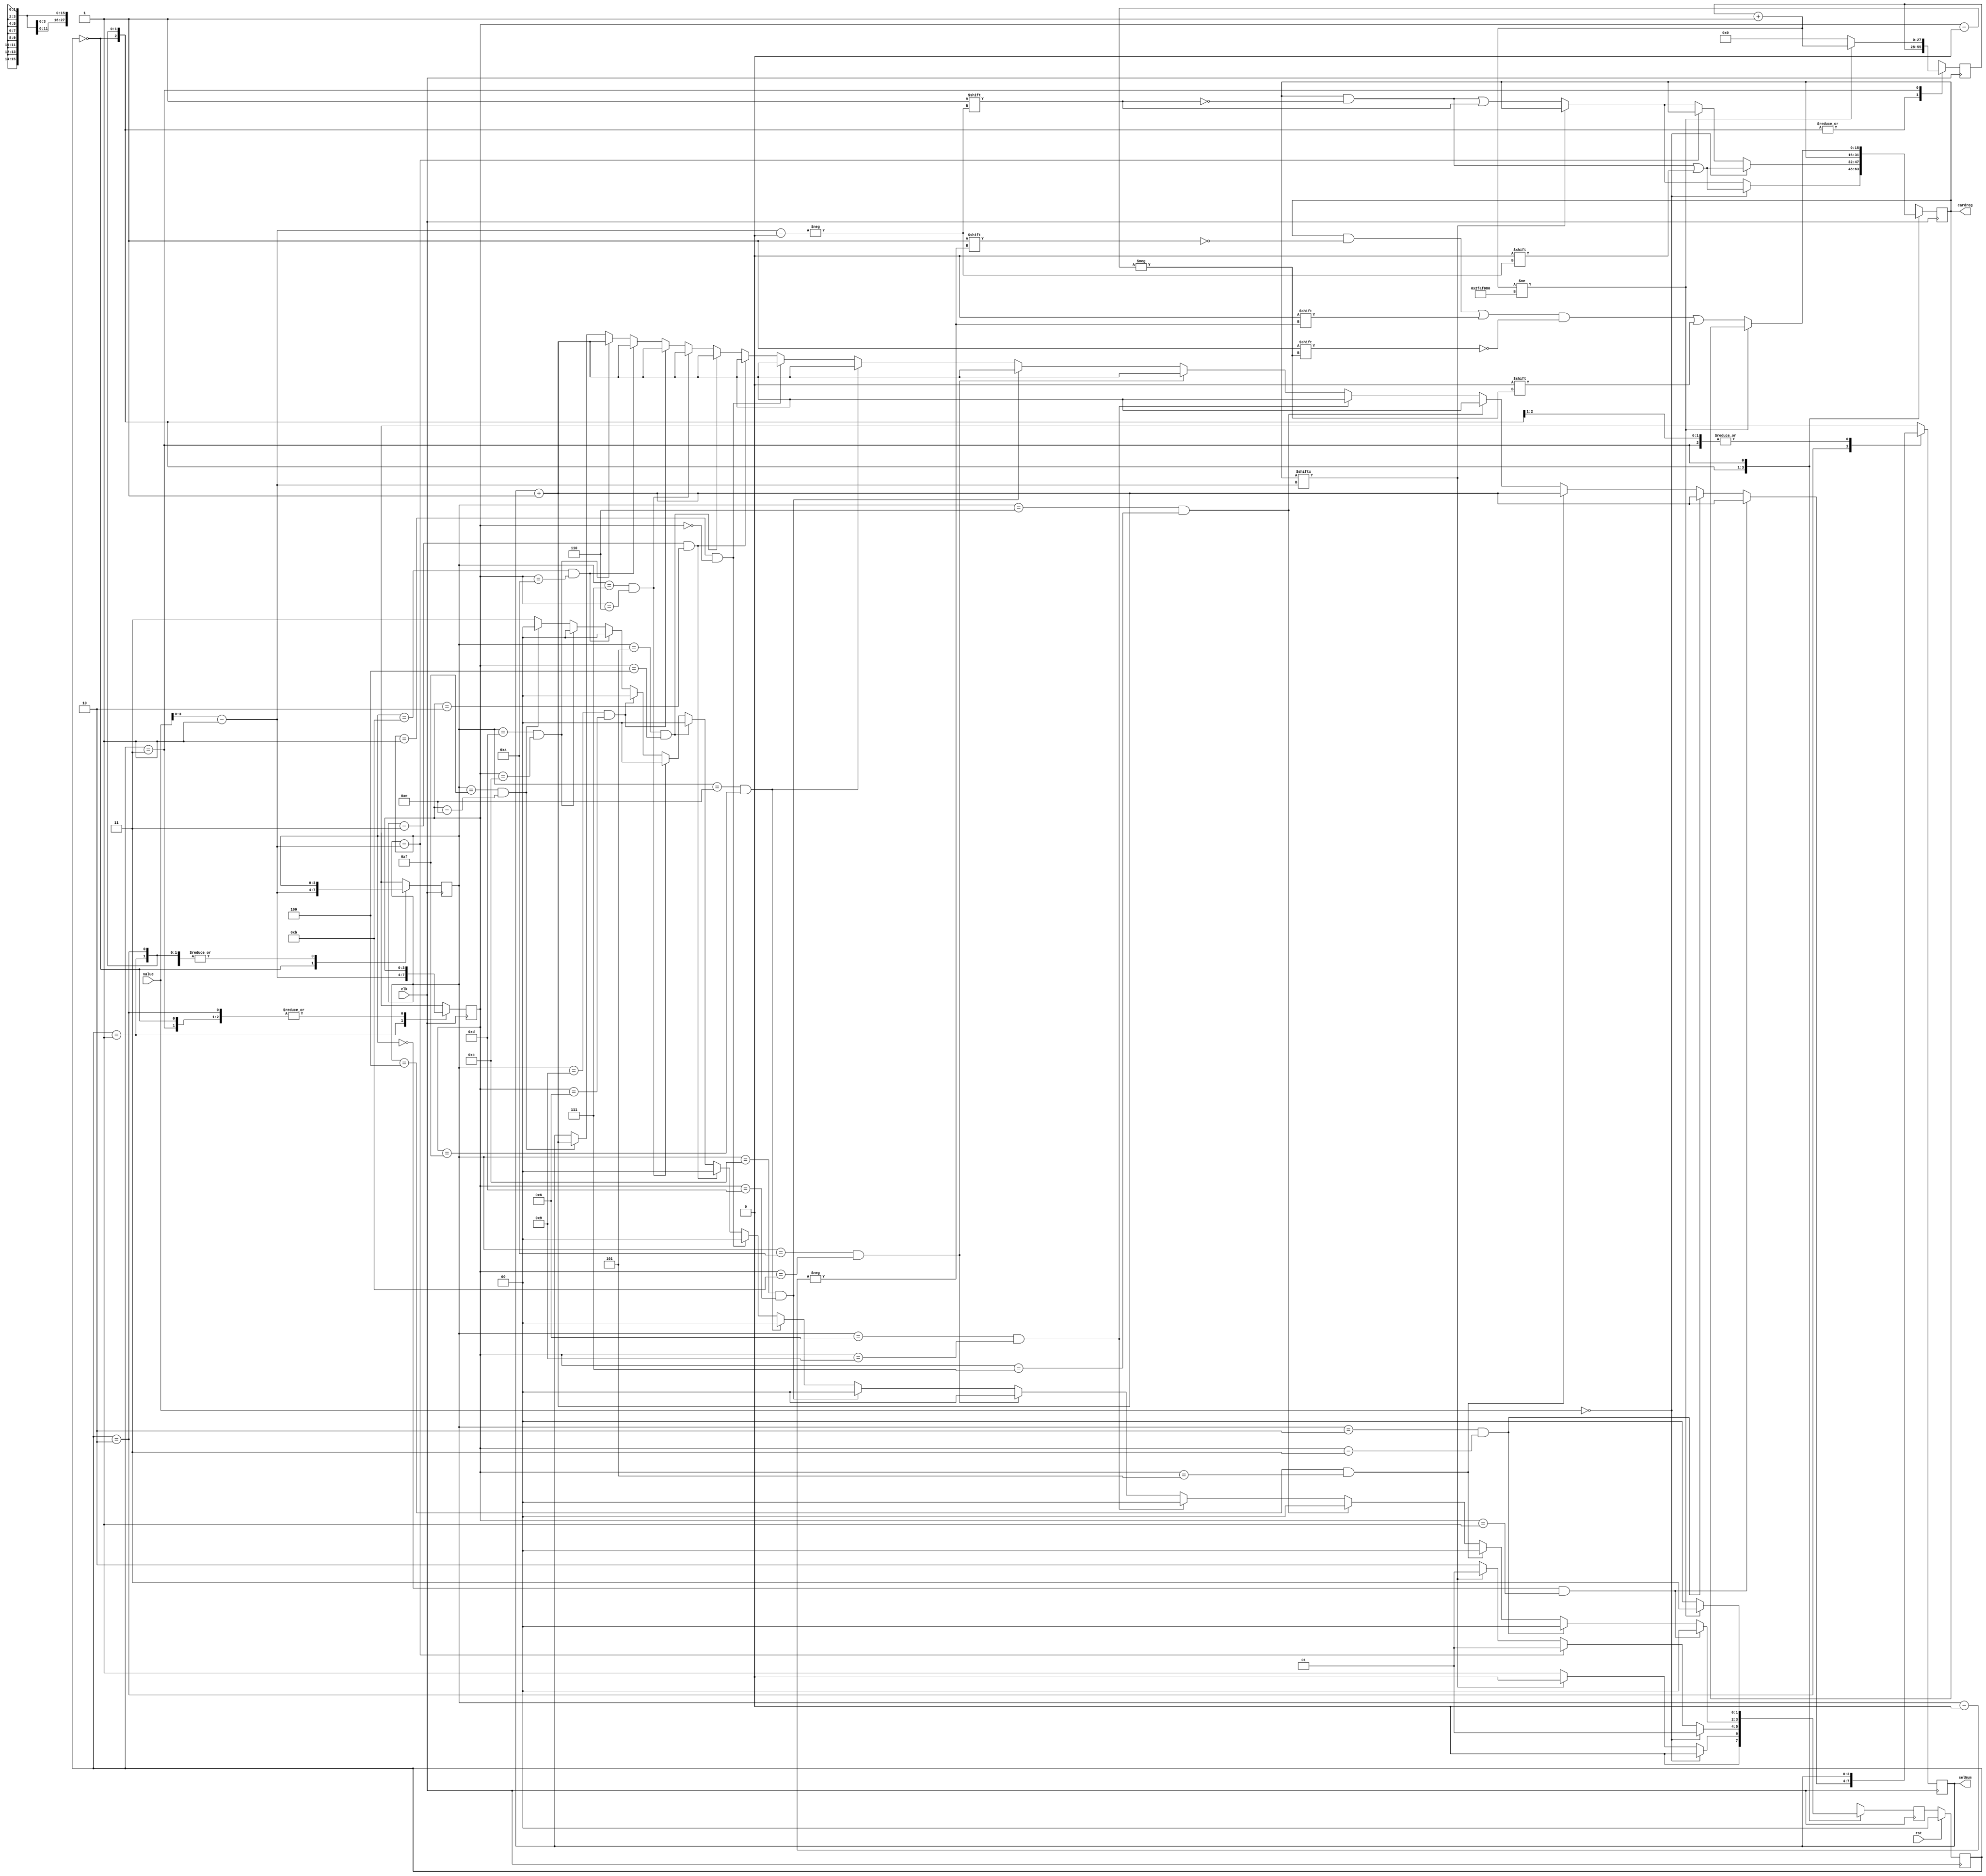
`timescale 1ns / 1ps
//////////////////////////////////////////////////////////////////////////////////
// Company: 
// Engineer: 
// 
// Design Name: 
// Module Name:    MemoryFSM 
// Project Name: 
// Target Devices: 
// Tool versions: 
// Description: 
//
// Dependencies: 
//
// Revision: 
// Revision 0.01 - File Created
// Additional Comments: 
//
//////////////////////////////////////////////////////////////////////////////////
module MemoryFSM(
    input clk,
    input rst,
    input [4:0] value,
	 output reg [3:0] selNum,
    output reg [15:0] cardreg
    );

reg [1:0] nextstate, state;
reg [3:0] cardA, cardB;
reg [27:0] counter;

always @(posedge clk)
begin
	case(state)
		2'b00: begin
		
			cardA = value - 1;
						
			if(value == 0) begin
				cardreg[cardA] = 0;
				nextstate = 2'b00;
			end
			else if (cardreg[cardA] == 1) begin
				nextstate = 2'b00;
			end
			else begin
				cardreg[cardA] = 1;
				nextstate = 2'b01;
			end
			end
		2'b01:begin
		
			cardB = value - 1;
				
			if (value == 0) begin
				cardreg[cardB] = 0;
				nextstate = 2'b01;
			end
			else if (cardA == cardB) begin
				nextstate = 2'b01;
			end
			else if (cardreg[cardB] == 1) begin
				nextstate = 2'b01;
			end
			else begin
				cardreg[cardB] = 1;
				nextstate = 2'b10;
				end
			end
		2'b10:begin
			if(cardA == 4'b0000 && cardB == 4'b0001) begin
				nextstate = 2'b00;
				selNum = selNum + 1;
			end
			else if(cardA == 4'b0010 && cardB == 4'b0011) begin
				nextstate = 2'b00;
				selNum = selNum + 1;
			end
			else if(cardA == 4'b0100 && cardB == 4'b0101) begin
				nextstate = 2'b00;
				selNum = selNum + 1;
			end
			else if(cardA == 4'b0110 && cardB == 4'b0111) begin
				nextstate = 2'b00;
				selNum = selNum + 1;
			end
			else if(cardA == 4'b1000 && cardB == 4'b1001) begin
				nextstate = 2'b00;
				selNum = selNum + 1;
			end
			else if(cardA == 4'b1010 && cardB == 4'b1011) begin
				nextstate = 2'b00;
				selNum = selNum + 1;
			end
			else if(cardA == 4'b1100 && cardB == 4'b1101) begin
				nextstate = 2'b00;
				selNum = selNum + 1;
			end
			else if(cardA == 4'b1110 && cardB == 4'b1111) begin
				nextstate = 2'b00;
				selNum = selNum + 1;
			end
			else if(cardA == 4'b0001 && cardB == 4'b0000) begin
				nextstate = 2'b00;
				selNum = selNum + 1;
			end
			else if(cardA == 4'b0011 && cardB == 4'b0010) begin
				nextstate = 2'b00;
				selNum = selNum + 1;
			end
			else if(cardA == 4'b0101 && cardB == 4'b0100) begin
				nextstate = 2'b00;
				selNum = selNum + 1;
			end
			else if(cardA == 4'b0111 && cardB == 4'b0110) begin
				nextstate = 2'b00;
				selNum = selNum + 1;
			end
			else if(cardA == 4'b1001 && cardB == 4'b1000) begin
				nextstate = 2'b00;
				selNum = selNum + 1;
			end
			else if(cardA == 4'b1011 && cardB == 4'b1010) begin
				nextstate = 2'b00;
				selNum = selNum + 1;
			end
			else if(cardA == 4'b1101 && cardB == 4'b1100) begin
				nextstate = 2'b00;
				selNum = selNum + 1;
			end
			else if(cardA == 4'b1111 && cardB == 4'b1110) begin
				nextstate = 2'b00;
				selNum = selNum + 1;
			end
			else begin
				nextstate = 2'b11;
				end
			end
		2'b11:begin
			counter = counter + 1;
			if(counter != 28'h2faf080)
				nextstate = 2'b11;
			else begin
				cardreg[cardA] = 0; 
				cardreg[cardB] = 0;
				counter = 0;
				nextstate = 2'b00;
				end
			end
		default: begin nextstate = 2'b00;
							cardreg = 0;
							counter = 0;
					end
	endcase	
end

always @(posedge clk)
begin
	if(rst) begin
		state = 2'b00;
		end
	else
		state = nextstate;
end

endmodule